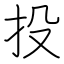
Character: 投